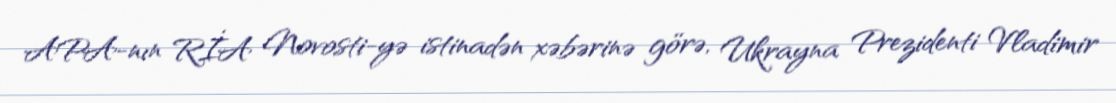
APA-nın RİA Novosti-yə istinadən xəbərinə görə, Ukrayna Prezidenti Vladimir